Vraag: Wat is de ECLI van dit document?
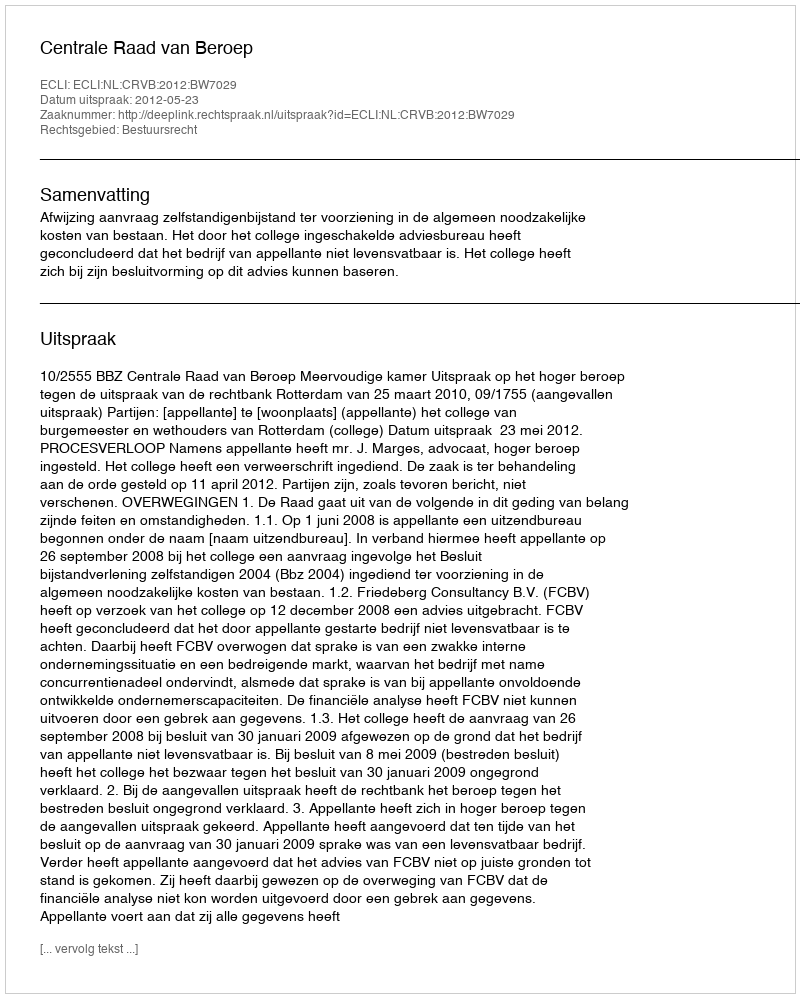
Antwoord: ECLI:NL:CRVB:2012:BW7029